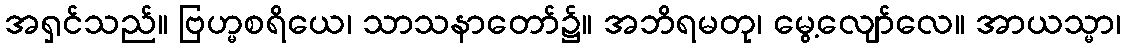
အရှင်သည်။ ဗြဟ္မစရိယေ၊ သာသနာတော်၌။ အဘိရမတု၊ မွေ့လျော်လေ။ အာယသ္မာ၊